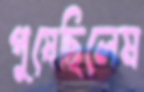
পুষেছিলেম